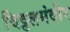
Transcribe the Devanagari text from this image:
विठ्ठलमंदीर